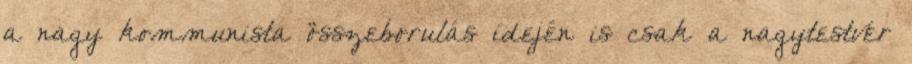
a nagy kommunista összeborulás idején is csak a nagytestvér